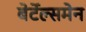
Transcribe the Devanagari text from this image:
बेर्टेल्समेन